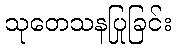
သုတေသနပြုခြင်း